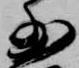
少